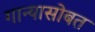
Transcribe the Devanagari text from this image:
गान्यासोबत